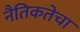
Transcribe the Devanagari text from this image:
नैतिकतेचा